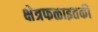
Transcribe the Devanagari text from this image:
क्षेत्रफळाइतकी